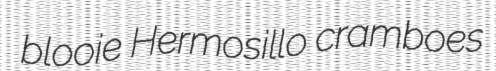
blooie Hermosillo cramboes